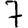
Digit: 7